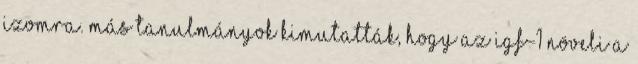
izomra. Más tanulmányok kimutatták, hogy az IGF-1 növeli a